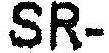
SR-